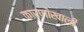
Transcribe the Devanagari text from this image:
कारणांखाली